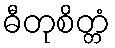
ဓီတုစိတ္တံ